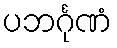
ပဘင်္ဂုဏံ